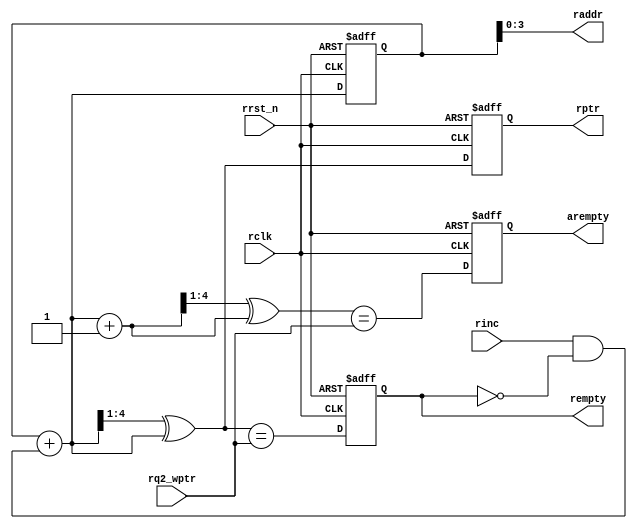
module rptr_empty 
    #(
    parameter ADDRSIZE = 4
    )(
    input  wire                rclk,
    input  wire                rrst_n,
    input  wire                rinc,
    input  wire [ADDRSIZE  :0] rq2_wptr,
    output reg                 rempty,
    output reg                 arempty,
    output wire [ADDRSIZE-1:0] raddr,
    output reg  [ADDRSIZE  :0] rptr
    );
    reg  [ADDRSIZE:0] rbin;
    wire [ADDRSIZE:0] rgraynext, rbinnext, rgraynextm1;
    wire              arempty_val, rempty_val;
    always @(posedge rclk or negedge rrst_n) begin
        if (!rrst_n) 
            {rbin, rptr} <= 0;
        else         
            {rbin, rptr} <= {rbinnext, rgraynext};
    end
    assign raddr     = rbin[ADDRSIZE-1:0];
    assign rbinnext  = rbin + (rinc & ~rempty);
    assign rgraynext = (rbinnext >> 1) ^ rbinnext;
    assign rgraynextm1 = ((rbinnext + 1'b1) >> 1) ^ (rbinnext + 1'b1);
    assign rempty_val = (rgraynext == rq2_wptr);
    assign arempty_val = (rgraynextm1 == rq2_wptr);
    always @ (posedge rclk or negedge rrst_n) begin
        if (!rrst_n) begin
            arempty <= 1'b0;
            rempty <= 1'b1;
        end
        else begin
            arempty <= arempty_val;
            rempty <= rempty_val;
        end
    end
endmodule